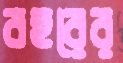
বহরের